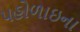
પહોળાઇના